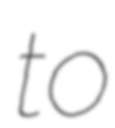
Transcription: to